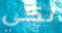
لكي